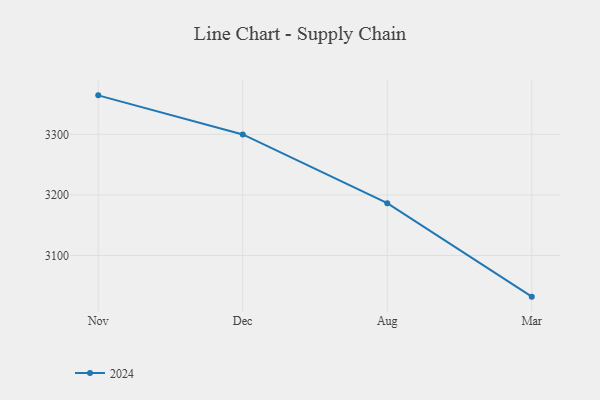
{"axis": {"x": "Month", "y": "Conversion Rate (%)"}, "legend": ["2024"], "data": [{"x": "Nov", "y": 3364.4, "type": "2024"}, {"x": "Dec", "y": 3299.8, "type": "2024"}, {"x": "Aug", "y": 3186.3, "type": "2024"}, {"x": "Mar", "y": 3032.0, "type": "2024"}]}